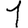
Digit: 1